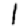
Digit: 1